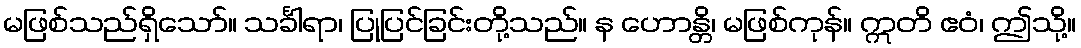
မဖြစ်သည်ရှိသော်။ သင်္ခါရာ၊ ပြုပြင်ခြင်းတို့သည်။ န ဟောန္တိ၊ မဖြစ်ကုန်။ ဣတိ ဧဝံ၊ ဤသို့။